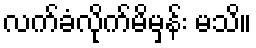
လက်ခံလိုက်မိမှန်း မသိ။